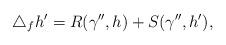
LaTeX: \begin{align*} \triangle_f h' = R(\gamma'',h) + S(\gamma'',h'), \end{align*}